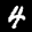
Label: 4